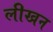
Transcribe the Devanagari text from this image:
लीखन